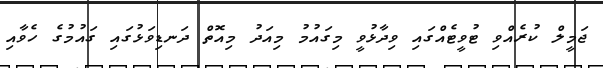
ޖަމީލް ކުރެއްވި ޓުވީޓެއްގައި ވިދާޅުވީ މިގައުމު މިއަދު މިއޮތް ދަނޑިވަޅުގައި ގައުމުގެ ހެވާއި